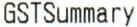
GSTSUMMARY